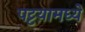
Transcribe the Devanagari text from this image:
पट्टय़ामध्ये